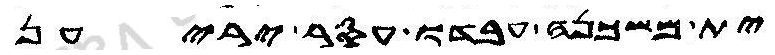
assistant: ית משכנה עבדו עסר יריען